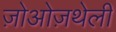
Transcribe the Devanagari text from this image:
ज़ोओज़थेली